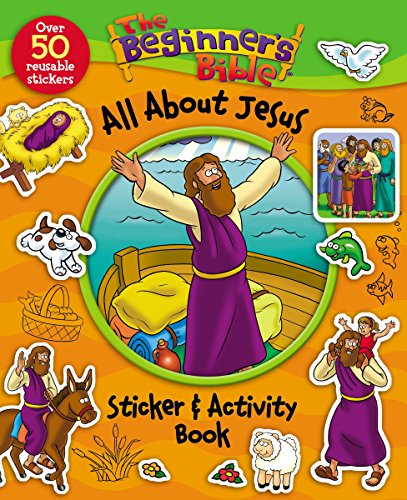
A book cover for The Beginner's Bible All About Jesus Sticker and Activity Book; Christian Books & Bibles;